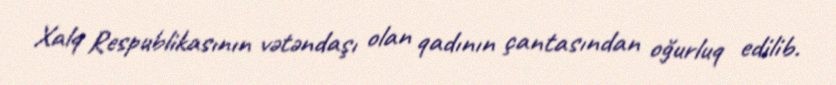
Xalq Respublikasının vətəndaşı olan qadının çantasından oğurluq edilib.